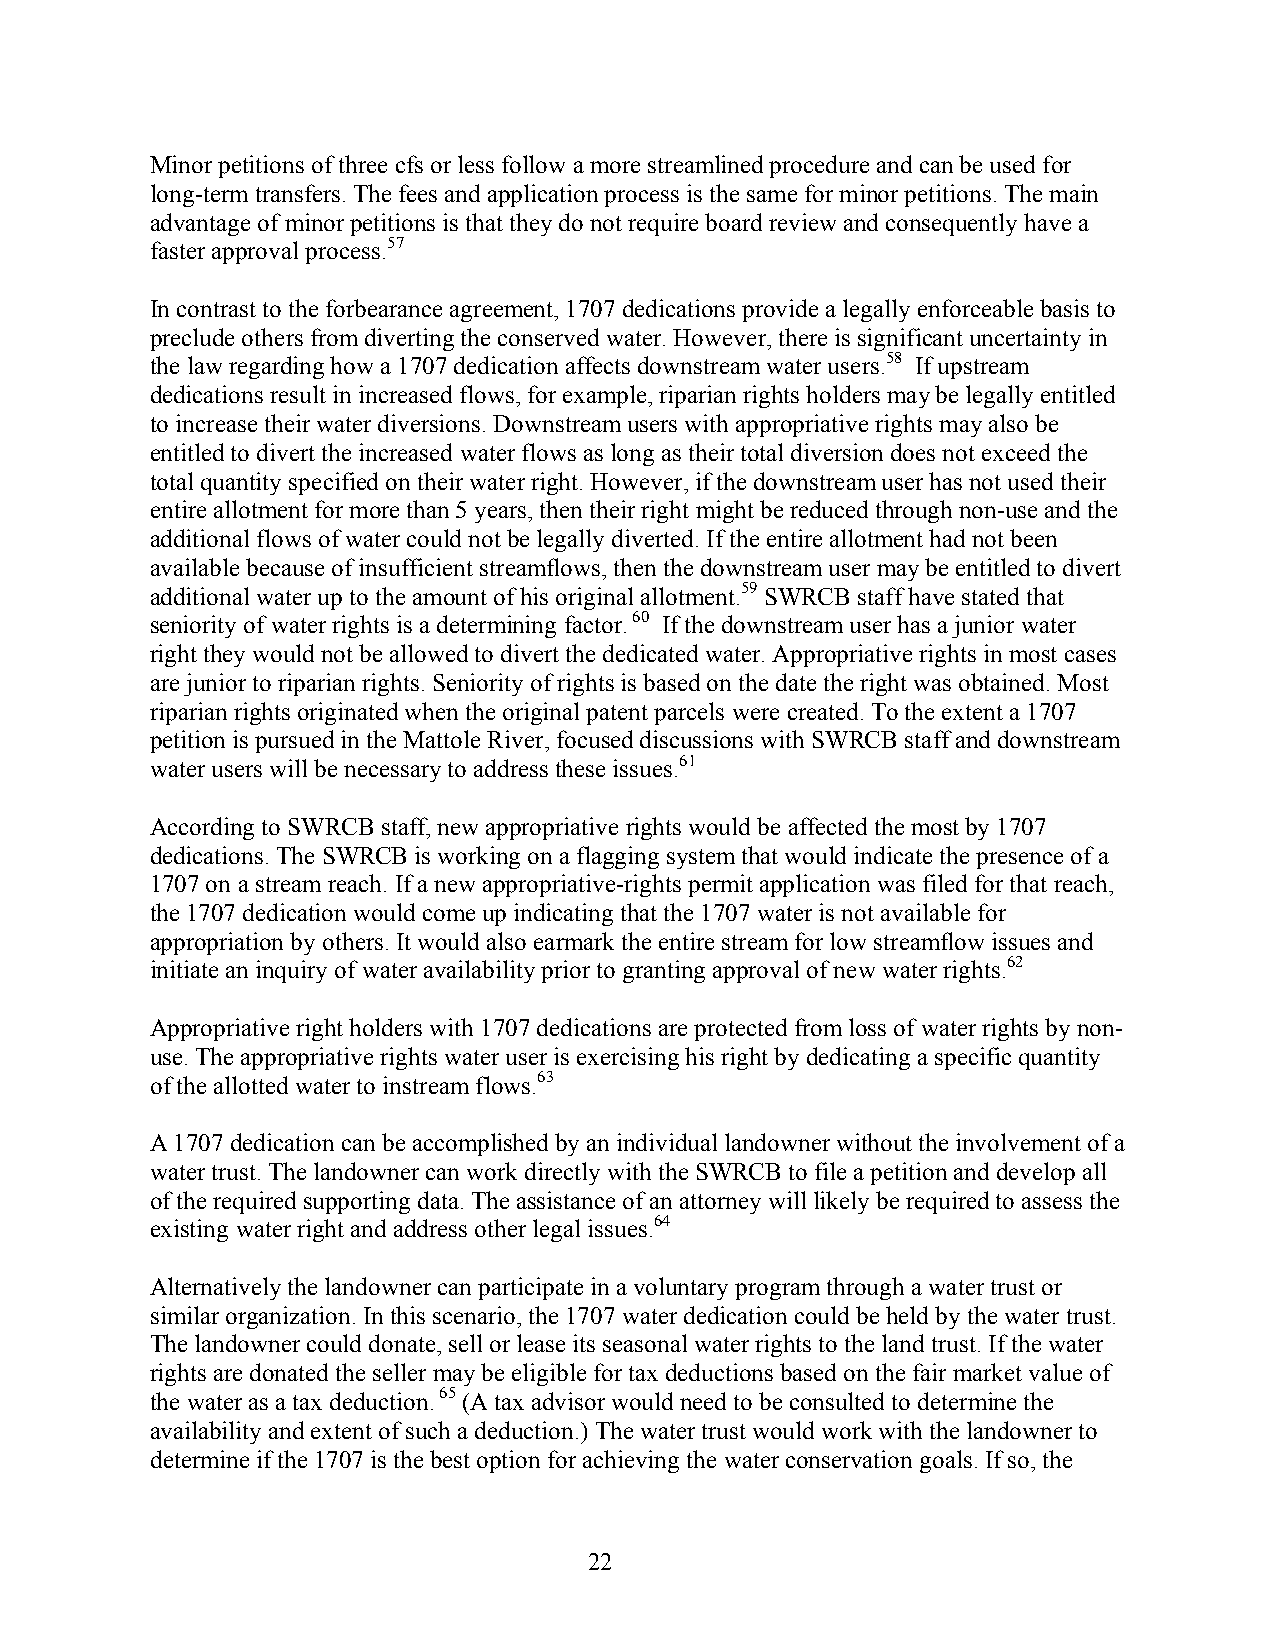
Minor petitions of three cfs or less follow a more streamlined procedure and can be used for
 long-term transfers. The fees and application process is the same for minor petitions. The main
 advantage of minor petitions is that they do not require board review and consequently have a
 faster approval process.57
 In contrast to the forbearance agreement, 1707 dedications provide a legally enforceable basis to
 preclude others from diverting the conserved water. However, there is significant uncertainty in
 the law regarding how a 1707 dedication affects downstream water users.58 If upstream
 dedications result in increased flows, for example, riparian rights holders may be legally entitled
 to increase their water diversions. Downstream users with appropriative rights may also be
 entitled to divert the increased water flows as long as their total diversion does not exceed the
 total quantity specified on their water right. However, if the downstream user has not used their
 entire allotment for more than 5 years, then their right might be reduced through non-use and the
 additional flows of water could not be legally diverted. If the entire allotment had not been
 available because of insufficient streamflows, then the downstream user may be entitled to divert
 additional water up to the amount of his original allotment.59 SWRCB staff have stated that
 seniority of water rights is a determining factor. 60 If the downstream user has a junior water
 right they would not be allowed to divert the dedicated water. Appropriative rights in most cases
 are junior to riparian rights. Seniority of rights is based on the date the right was obtained. Most
 riparian rights originated when the original patent parcels were created. To the extent a 1707
 petition is pursued in the Mattole River, focused discussions with SWRCB staff and downstream
 water users will be necessary to address these issues.61
 According to SWRCB staff, new appropriative rights would be affected the most by 1707
 dedications. The SWRCB is working on a flagging system that would indicate the presence of a
 1707 on a stream reach. If a new appropriative-rights permit application was filed for that reach,
 the 1707 dedication would come up indicating that the 1707 water is not available for
 appropriation by others. It would also earmark the entire stream for low streamflow issues and
 initiate an inquiry of water availability prior to granting approval of new water rights.62
 Appropriative right holders with 1707 dedications are protected from loss of water rights by non-
 use. The appropriative rights water user is exercising his right by dedicating a specific quantity
 of the allotted water to instream flows.63
 A 1707 dedication can be accomplished by an individual landowner without the involvement of a
 water trust. The landowner can work directly with the SWRCB to file a petition and develop all
 of the required supporting data. The assistance of an attorney will likely be required to assess the
 existing water right and address other legal issues.64
 Alternatively the landowner can participate in a voluntary program through a water trust or
 similar organization. In this scenario, the 1707 water dedication could be held by the water trust.
 The landowner could donate, sell or lease its seasonal water rights to the land trust. If the water
 rights are donated the seller may be eligible for tax deductions based on the fair market value of
 the water as a tax deduction. 65 (A tax advisor would need to be consulted to determine the
 availability and extent of such a deduction.) The water trust would work with the landowner to
 determine if the 1707 is the best option for achieving the water conservation goals. If so, the
 22